Civil Veterinary Department Bengal reports 1933-51 - 1933-1951
Year: 1933
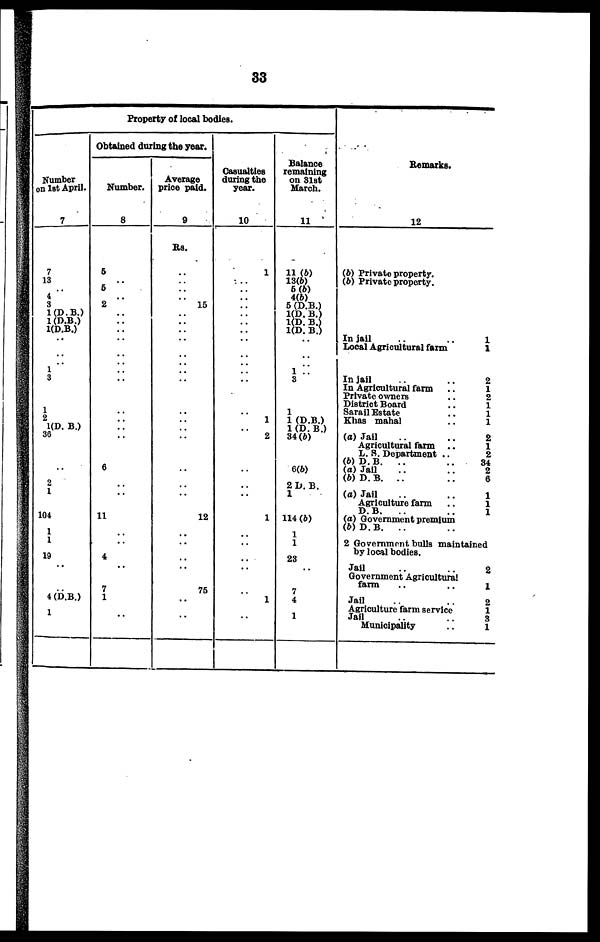
33
Property of local bodies.
Number
on 1st April.
7
7
13
.. 4 3
1 (D. B.)
1 (D.B.)
1(D.B.)
..
..
1 3 ..
1
2
1(D. B.)
36
..
2
1
104
1
1
19
..
4 (D.B.)
1
Obtained during the year.
Number.
8
5
..
..
.. 2
..
..
..
..
..
..
..
..
..
..
6
..
..
11
..
..
4
..
7
1
..
Average
price paid.
9
Rs.
.. ..
15
..
..
..
..
..
..
..
..
..
..
12
..
..
..
..
75
..
..
Casualties
during the
year.
10
1
..
..
..
..
..
1
..
2
..
..
..
1
..
..
..
..
1
..
Balance
remaining
on 31st
March.
11
11 (b)
13(b)
5 (b)
4(b)
5 (D.B.)
1(D. B.)
1(D. B.)
1(D. B.)
..
..
1
3
1
1 (D.B.)
1 (D.B.)
34(b)
6(b)
2 D. B.
1
114 (b)
1
1
23
..
7
4
1
Remarks.
12
(b) Private property.
(b) Private property.
In jail
..
..
Local Agricultural farm
In jail
..
In Agricultural farm
..
Private owners
..
District Board
..
Sarail Estate
..
Khas mahal
..
(a) Jail
..
Agricultural farm ..
L. S. Department ..
(b) D.B.
..
..
(a) Jail
..
..
(b) D. B. ..
..
(a) Jail
..
Agriculture farm
..
D. B.
..
(a) Government premium
(b) D. B.
.. ..
2 Government bulls maintained
by local bodies.
Jail
..
..
Government Agricultural
farm
..
..
Jail
..
..
Agriculture farm service
Jail
..
..
Municipality
..
1
1
2
1
2
1
1
1
2
1
2
34
2
6
1
1
1
2
1
2
1
3
l